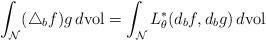
LaTeX: \begin{align*} \int_{\cal N} (\triangle_b f) g \, d{\rm vol} =\int_{\cal N} L_\theta^*(d_bf,d_b g) \, d{\rm vol} \end{align*}